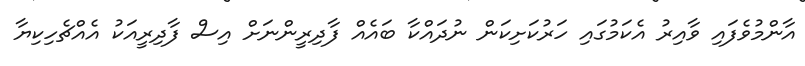
އާންމުވެފައި ވާއިރު އެކަމުގައި ހަރުކަށިކަން ނުދައްކާ ބައެއް ފާދިރީންނަށް އިސް ފާދިރީއަކު އެއްޗެހިކިޔާ